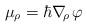
LaTeX: \begin{align*}\mu_\rho= \hbar\nabla\!_\rho\,\varphi \end{align*}